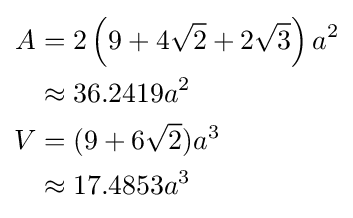
{\begin{aligned}A&=2\left(9+4{\sqrt {2}}+2{\sqrt {3}}\right)a^{2}\\&\approx 36.2419a^{2}\\V&=(9+6{\sqrt {2}})a^{3}\\&\approx 17.4853a^{3}\end{aligned}}